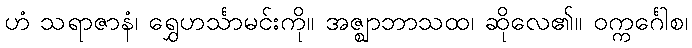
ဟံ သရာဇာနံ၊ ရွှေဟင်္သာမင်းကို။ အဇ္ဈာဘာသထ၊ ဆိုလေ၏။ ဝက္ကင်္ဂေါစ၊